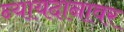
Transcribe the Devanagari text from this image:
न्यायदानावर